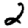
Digit: 2